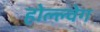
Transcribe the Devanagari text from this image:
होल्ल्वेग